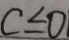
c \leq 0